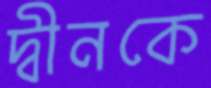
দ্বীনকে